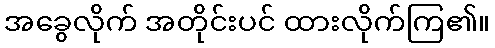
အခွေလိုက် အတိုင်းပင် ထားလိုက်ကြ၏။